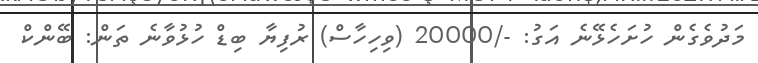
މަދުވެގެން ހުށަހެޅޭނެ އަގު: -/20000 (ވިހިހާސް) ރުފިޔާ ބިޑް ހުޅުވާނެ ތަން: ބޭންކް